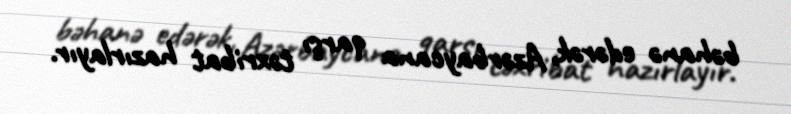
bəhanə edərək, Azərbaycana qarşı təxribat hazırlayır.